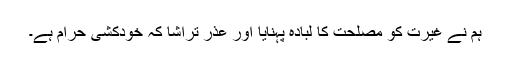
ہم نے غیرت کو مصلحت کا لبادہ پہنایا اور عذر تراشا کہ خودکشی حرام ہے۔